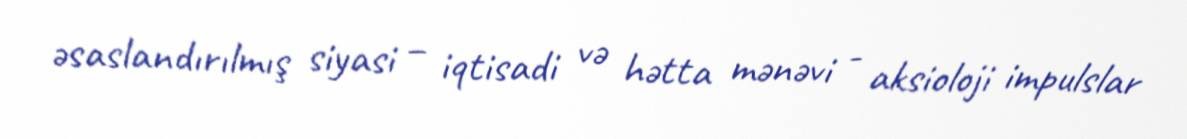
əsaslandırılmış siyasi – iqtisadi və hətta mənəvi - aksioloji impulslar